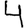
Digit: 4